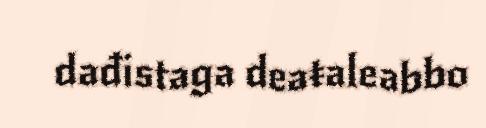
dađistaga deaŧaleabbo